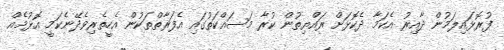
ފުރޮޅައިލަމުން ދާއިރު އެކަމާ ދެކޮޅަށް ރައްޔިތުން ކުރާ މަސައްކަތުގައި އެފަރާތްތަކުން އެހީތެރިވެދޭނެކަމީ އޮޅުމެއް